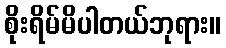
စိုးရိမ်မိပါတယ်ဘုရား။